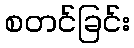
စတင်ခြင်း